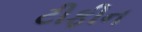
ટીફીન